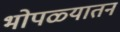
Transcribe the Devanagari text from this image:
भोपळ्यातनं